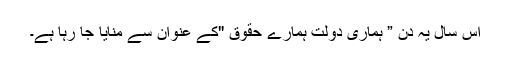
اس سال یہ دن ” ہماری دولت ہمارے حقوق "کے عنوان سے منایا جا رہا ہے۔